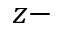
z -